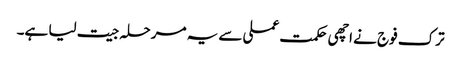
ترک فوج نے اچھی حکمت عملی سے یہ مرحلہ جیت لیا ہے۔